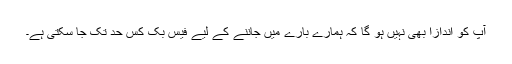
آپ کو اندازا بھی نہیں ہو گا کہ ہمارے بارے میں جاننے کے لیے فیس بک کس حد تک جا سکتی ہے۔